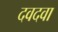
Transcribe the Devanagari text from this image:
दवदवा